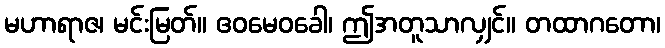
မဟာရာဇ၊ မင်းမြတ်။ ဧဝမေဝခေါ၊ ဤအတူသာလျှင်။ တထာဂတော၊